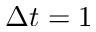
\Delta t = 1